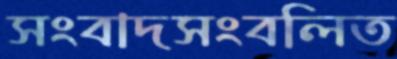
সংবাদসংবলিত